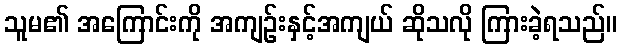
သူမ၏ အကြောင်းကို အကျဉ်းနှင့်အကျယ် ဆိုသလို ကြားခဲ့ရသည်။